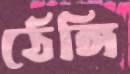
ঠেঙ্গি